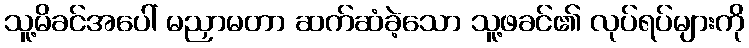
သူ့မိခင်အပေါ် မညှာမတာ ဆက်ဆံခဲ့သော သူ့ဖခင်၏ လုပ်ရပ်များကို